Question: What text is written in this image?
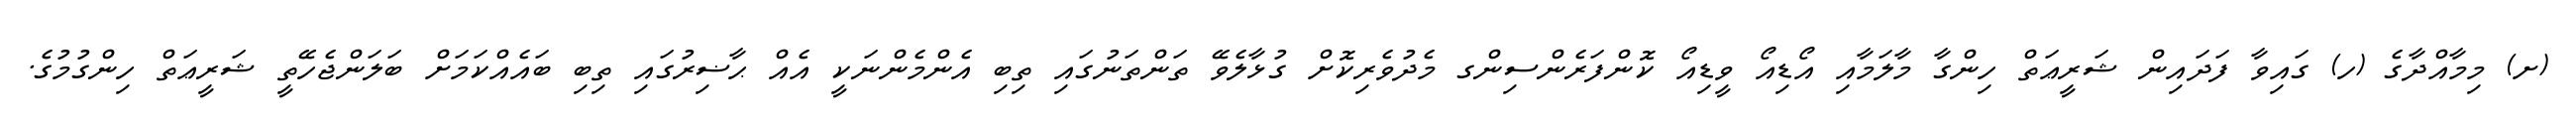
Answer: (ށ) މިމާއްދާގެ (ހ) ގައިވާ ފަދައިން ޝަރީޢަތް ހިންގާ މާލަމާއި އޯޑިއޯ ވީޑިއޯ ކޮންފަރެންސިންގ މެދުވެރިކޮށް ގުޅާލެވޭ ތަންތަނުގައި ތިބި އެންމެންނަކީ އެއް ޙާޟިރުގައި ތިބި ބައެއްކަމަށް ބަލަންޖެހޭތީ ޝަރީޢަތް ހިންގުމުގެ.